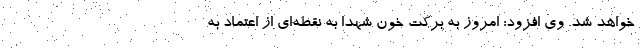
خواهد شد. وی افزود: امروز به برکت خون شهدا به نقطه‌ای از اعتماد به